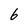
Character: 6